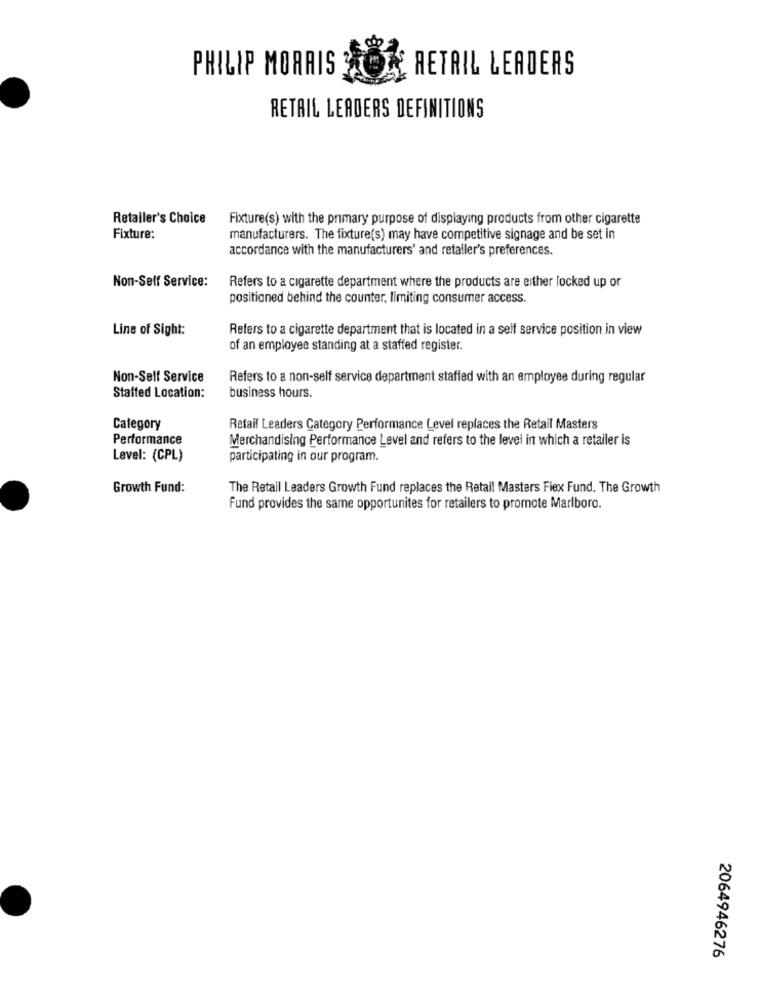
RETAIL LEADERS
PHILIP MORRIS
RETAIL LEADERS DEFINITIONS
Retailer's Choice
Fixture(s) with the primary purpose of displaying products from other cigarette
Fixture:
manufacturers. The fixture(s) may have competitive signage and be set in
accordance with the manufacturers' and retaller's preferences.
Non-Self Service:
Refers to a cigarette department where the products are either locked up or
positioned behind the counter, limiting consumer access.
Line of Sight:
Refers to a cigarette department that is located in a self service position in view
of an employee standing at a staffed register.
Non-Self Service
Refers to a non-self service department staffed with an employee during regular
Staffed Location:
business hours.
Category
Retail Leaders Category Performance Level replaces the Retail Masters
Performance
Merchandising Performance Level and refers to the level in which a retailer is
Level: (CPL)
participating in our program.
Growth Fund:
The Retail Leaders Growth Fund replaces the Retail Masters Flex Fund. The Growth
Fund provides the same opportunites for retailers to promote Marlboro.
2064946276